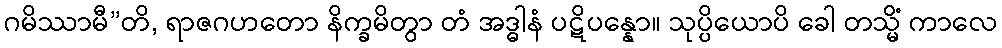
ဂမိဿာမီ”တိ, ရာဇဂဟတော နိက္ခမိတွာ တံ အဒ္ဓါနံ ပဋိပန္နော။ သုပ္ပိယောပိ ခေါ တသ္မိံ ကာလေ